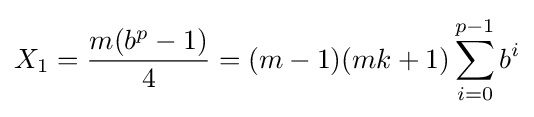
X_{1}={\frac {m(b^{p}-1)}{4}}=(m-1)(mk+1)\sum _{i=0}^{p-1}b^{i}